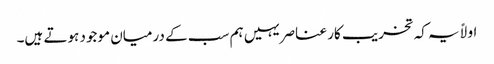
اولاً یہ کہ تخریب کار عناصر یہیں ہم سب کے درمیان موجود ہوتے ہیں۔